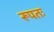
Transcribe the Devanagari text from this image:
रूपतः